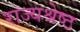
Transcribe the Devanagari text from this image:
राज्यश्रेष्ठ